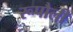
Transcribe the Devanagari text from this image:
रूपौली